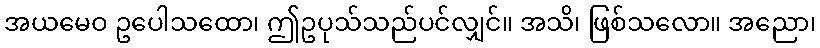
အယမေဝ ဥပေါသထော၊ ဤဥပုသ်သည်ပင်လျှင်။ အသိ၊ ဖြစ်သလော။ အညော၊